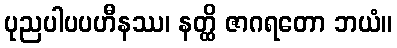
ပုညပါပပဟီနဿ၊ နတ္ထိ ဇာဂရတော ဘယံ။